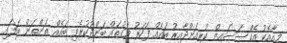
މިއާއެކު އެކްސަސައިޒް ކުރިއަށްދާއިރު ބައެއް ފަހަރު މަގުތައް ބަންދުކުރެވި ބައެއް ތަންތަން ބަލައި